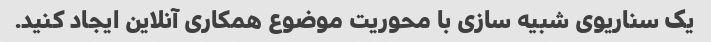
یک سناریوی شبیه سازی با محوریت موضوع همکاری آنلاین ایجاد کنید.